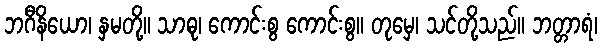
ဘဂီနိယော၊ နှမတို့။ သာဓု၊ ကောင်းစွ ကောင်းစွ။ တုမှေ၊ သင်တို့သည်။ ဘတ္တာရံ၊